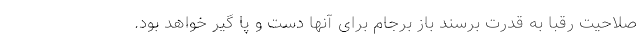
صلاحیت رقبا به قدرت برسند باز برجام برای آنها دست و پا گیر خواهد بود.